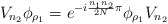
\begin{align*}V_{n_2} \phi _{\rho _1} = e^{-i\frac{n_1n_2}{2N}\pi} \phi _{\rho _1} V_{n_2}\end{align*}